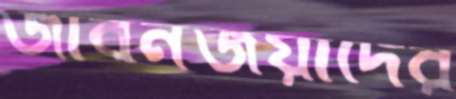
জীবনজয়ীদের